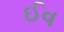
ઈવ